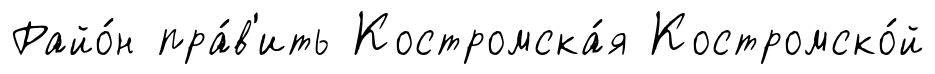
Райо́н пра́в'ить Костромска́я Костромско́й